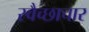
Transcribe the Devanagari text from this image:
स्‍वैच्‍छाचार